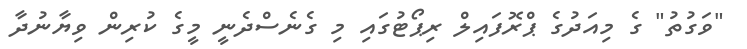
"ވަގުތު" ގެ މިއަދުގެ ޕްރޮފައިލް ރިޕޯޓުގައި މި ގެނެސްދެނީ މީގެ ކުރިން ވިޔާނުދާ